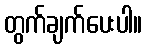
တွက်ချက်ပေးပါ။